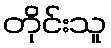
တိုင်းသူ